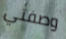
وصفتي